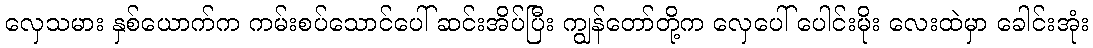
လှေသမား နှစ်ယောက်က ကမ်းစပ်သောင်ပေါ် ဆင်းအိပ်ပြီး ကျွန်တော်တို့က လှေပေါ် ပေါင်းမိုး လေးထဲမှာ ခေါင်းအုံး